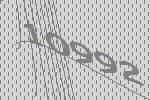
10992